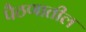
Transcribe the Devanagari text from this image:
पैठणातील